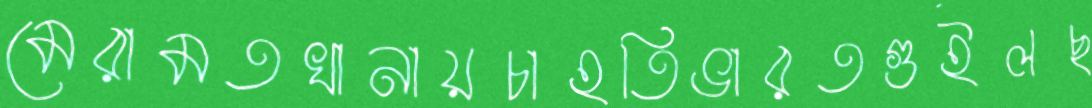
মেরামতখানায়চাহতিভারতগুইলছ